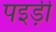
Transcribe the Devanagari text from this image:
पइड़ी